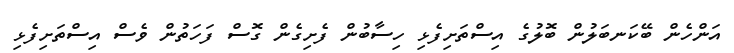
އަންހެން ބޭކަނބަލުން ބޮލުގެ އިސްތަށިފެޅި ހިސާބުން ފެށިގެން ގޮސް ފަހަތުން ވެސް އިސްތަށިފެޅި